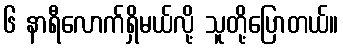
၆ နာရီလောက်ရှိမယ်လို့ သူတို့ပြောတယ်။